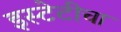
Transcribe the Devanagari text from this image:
इस्टेटीचा